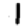
Digit: 1